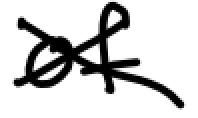
Text: of
Cross-out: cross
Writing tool: digital_black